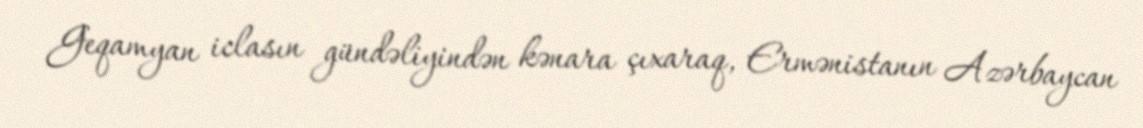
Geqamyan iclasın gündəliyindən kənara çıxaraq, Ermənistanın Azərbaycan